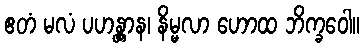
ဧတံ မလံ ပဟန္တွာန၊ နိမ္မလာ ဟောထ ဘိက္ခဝေါ။